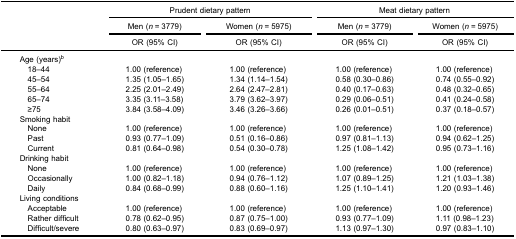
<table><thead><tr><td><b> </b></td><td colspan="2"><b>Prudent dietary pattern</b></td><td colspan="2"><b>Meat dietary pattern</b></td></tr><tr><td><b> </b></td><td><b>Men (<i>n</i> = 3779)</b></td><td><b>Women (<i>n</i> = 5975)</b></td><td><b>Men (<i>n</i> = 3779)</b></td><td><b>Women (<i>n</i> = 5975)</b></td></tr><tr><td><b> </b></td><td><b>OR (95% CI)</b></td><td><b>OR (95% CI)</b></td><td><b>OR (95% CI)</b></td><td><b>OR (95% CI)</b></td></tr></thead><tbody><tr><td>Age (years)<sup>b</sup></td><td> </td><td> </td><td> </td><td> </td></tr><tr><td> 18–44</td><td>1.00 (reference)</td><td>1.00 (reference)</td><td>1.00 (reference)</td><td>1.00 (reference)</td></tr><tr><td> 45–54</td><td>1.35 (1.05–1.65)</td><td>1.34 (1.14–1.54)</td><td>0.58 (0.30–0.86)</td><td>0.74 (0.55–0.92)</td></tr><tr><td> 55–64</td><td>2.25 (2.01–2.49)</td><td>2.64 (2.47–2.81)</td><td>0.40 (0.17–0.63)</td><td>0.48 (0.32–0.65)</td></tr><tr><td> 65–74</td><td>3.35 (3.11–3.58)</td><td>3.79 (3.62–3.97)</td><td>0.29 (0.06–0.51)</td><td>0.41 (0.24–0.58)</td></tr><tr><td> ≥75</td><td>3.84 (3.58–4.09)</td><td>3.46 (3.26–3.66)</td><td>0.26 (0.01–0.51)</td><td>0.37 (0.18–0.57)</td></tr><tr><td>Smoking habit</td><td> </td><td> </td><td> </td><td> </td></tr><tr><td> None</td><td>1.00 (reference)</td><td>1.00 (reference)</td><td>1.00 (reference)</td><td>1.00 (reference)</td></tr><tr><td> Past</td><td>0.93 (0.77–1.09)</td><td>0.51 (0.16–0.86)</td><td>0.97 (0.81–1.13)</td><td>0.94 (0.62–1.25)</td></tr><tr><td> Current</td><td>0.81 (0.64–0.98)</td><td>0.54 (0.30–0.78)</td><td>1.25 (1.08–1.42)</td><td>0.95 (0.73–1.16)</td></tr><tr><td>Drinking habit</td><td> </td><td> </td><td> </td><td> </td></tr><tr><td> None</td><td>1.00 (reference)</td><td>1.00 (reference)</td><td>1.00 (reference)</td><td>1.00 (reference)</td></tr><tr><td> Occasionally</td><td>1.00 (0.82–1.18)</td><td>0.94 (0.76–1.12)</td><td>1.07 (0.89–1.25)</td><td>1.21 (1.03–1.38)</td></tr><tr><td> Daily</td><td>0.84 (0.68–0.99)</td><td>0.88 (0.60–1.16)</td><td>1.25 (1.10–1.41)</td><td>1.20 (0.93–1.46)</td></tr><tr><td>Living conditions</td><td> </td><td> </td><td> </td><td> </td></tr><tr><td> Acceptable</td><td>1.00 (reference)</td><td>1.00 (reference)</td><td>1.00 (reference)</td><td>1.00 (reference)</td></tr><tr><td> Rather difficult</td><td>0.78 (0.62–0.95)</td><td>0.87 (0.75–1.00)</td><td>0.93 (0.77–1.09)</td><td>1.11 (0.98–1.23)</td></tr><tr><td> Difficult/severe</td><td>0.80 (0.63–0.97)</td><td>0.83 (0.69–0.97)</td><td>1.13 (0.97–1.30)</td><td>0.97 (0.83–1.10)</td></tr></tbody></table>